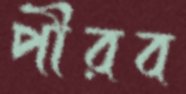
পীরব